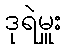
ဒုရဲမှူး